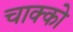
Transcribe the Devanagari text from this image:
चाक्को